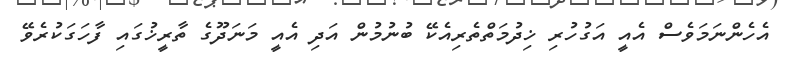
އެހެންނަމަވެސް އެއީ އަގުހުރި ޚިދުމަތްތެރިއެކޭ ބުނުމުން އަދި އެއީ މަނަދޫގެ ތާރީޚުގައި ފާހަގަކުރެވޭ